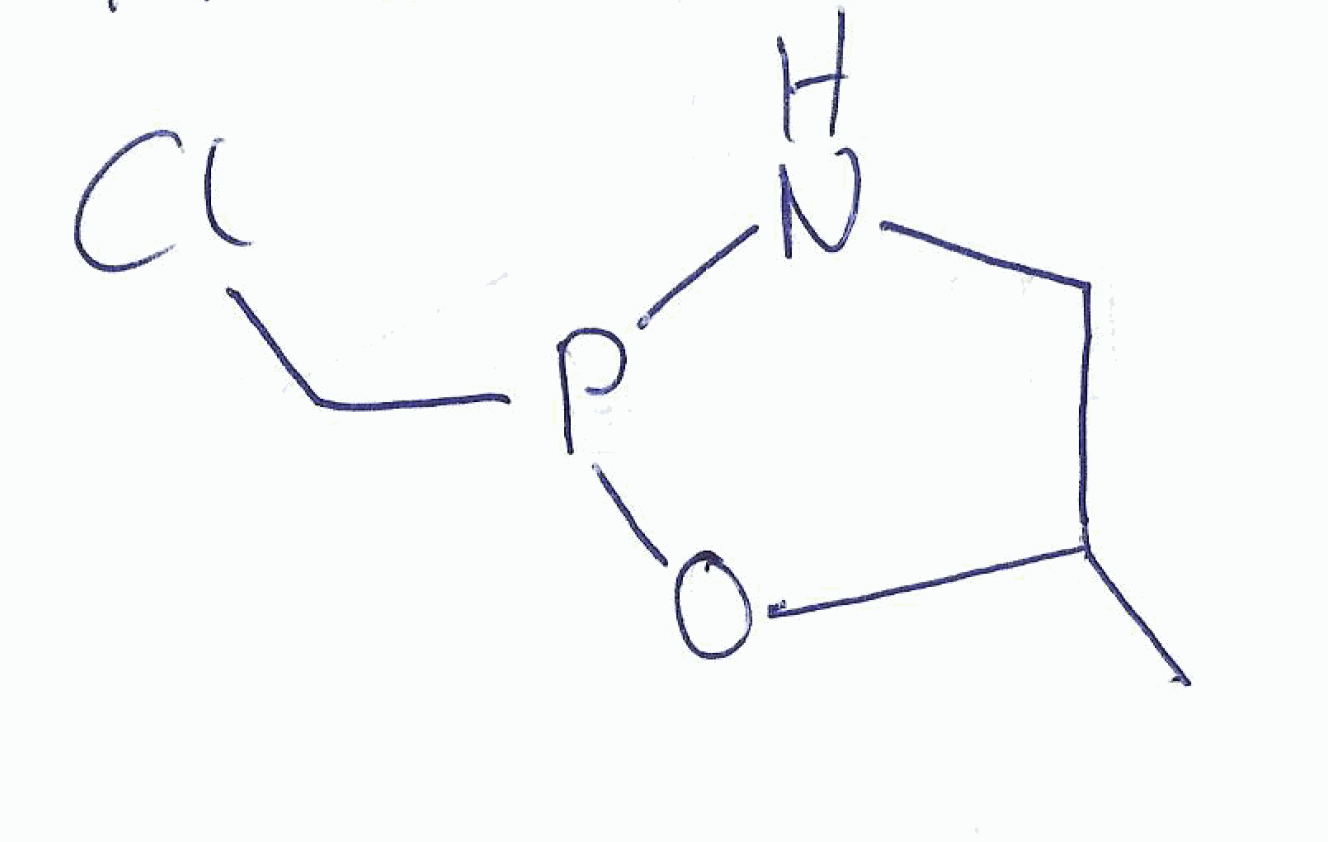
Simplified molecular-input line-entry system (SMILES) notation of the given molecule:
CC1CNP(O1)CCl